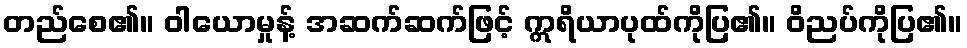
တည်စေ၏။ ဝါယောမှုန့် အဆက်ဆက်ဖြင့် ဣရိယာပုထ်ကိုပြ၏။ ဝိညပ်ကိုပြ၏။